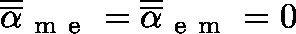
\overline { { \overline { { \mathbf { \alpha } } } } } _ { \mathrm { ~ m ~ e ~ } } = \overline { { \overline { { \mathbf { \alpha } } } } } _ { \mathrm { ~ e ~ m ~ } } = 0